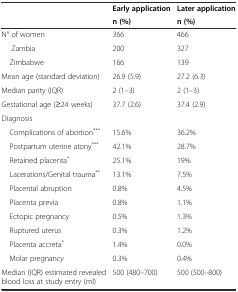
| <ROWSPAN=2>  | Early application | Later application |
 | n (%) | n (%) |
 | --- | --- | --- |
 | N° of women | 366 | 466 |
 | Zambia | 200 | 327 |
 | Zimbabwe | 166 | 139 |
 | Mean age (standard deviation) | 26.9 (5.9) | 27.2 (6.3) |
 | Median parity (IQR) | 2 (1–3) | 2 (1–3) |
 | Gestational age (≥24 weeks) | 37.7 (2.6) | 37.4 (2.9) |
 | Diagnosis |  |  |
 | Complications of abortion*** | 15.6% | 36.2% |
 | Postpartum uterine atony*** | 42.1% | 28.7% |
 | Retained placenta* | 25.1% | 19% |
 | Lacerations/Genital trauma** | 13.1% | 7.5% |
 | Placental abruption | 0.8% | 4.5% |
 | Placenta previa | 0.8% | 1.1% |
 | Ectopic pregnancy | 0.5% | 1.3% |
 | Ruptured uterus | 0.3% | 1.2% |
 | Placenta accreta* | 1.4% | 0.0% |
 | Molar pregnancy | 0.3% | 0.4% |
 | Median (IQR) estimated revealed blood loss at study entry (ml) | 500 (480–700) | 500 (500–800) |